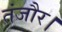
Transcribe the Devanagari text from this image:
तंजौर।